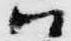
ハ